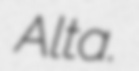
Alta.